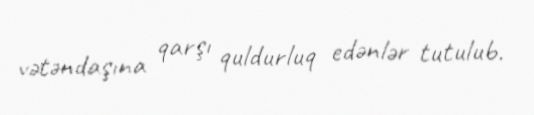
vətəndaşına qarşı quldurluq edənlər tutulub.